Madras plague regulations in force outside the Presidency town - Volume 6
Disease focus: Plague
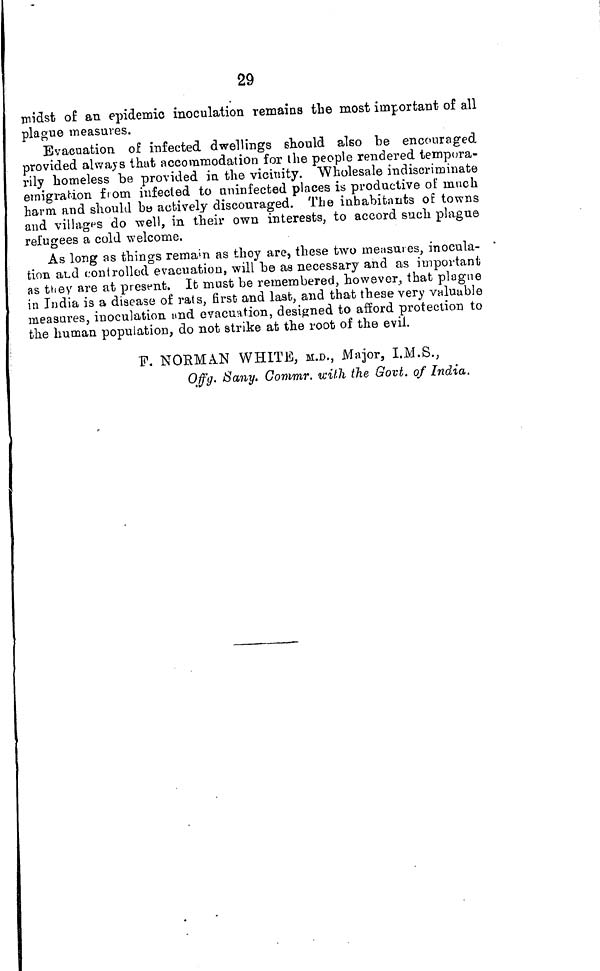
29
midst of an epidemic inoculation remains the most important of all
plague measures.
Evacuation of infected dwellings should also be encouraged
provided always that accommodation for the people rendered tempora-
rily homeless be provided in the vicinity. Wholesale indiscriminate
emigration from infected to uninfected places is productive of much
harm and should be actively discouraged. The inhabitants of towns
and villages do well, in their own interests, to accord such plague
refugees a cold welcome.
As long as things remain as they are, these two measures, inocula- '
tion and controlled evacuation, will be as necessary and as important
as they are at present. It must be remembered, however, that plague
in India is a disease of rats, first and last, and that these very valuable
measures, inoculation and evacuation, designed to afford protection to
the human population, do not strike at the root of the evil.
F. NORMAN WHITE, M.D., Major, I.M.S.,
Offg. Sany. Commr. with the Govt. of India,